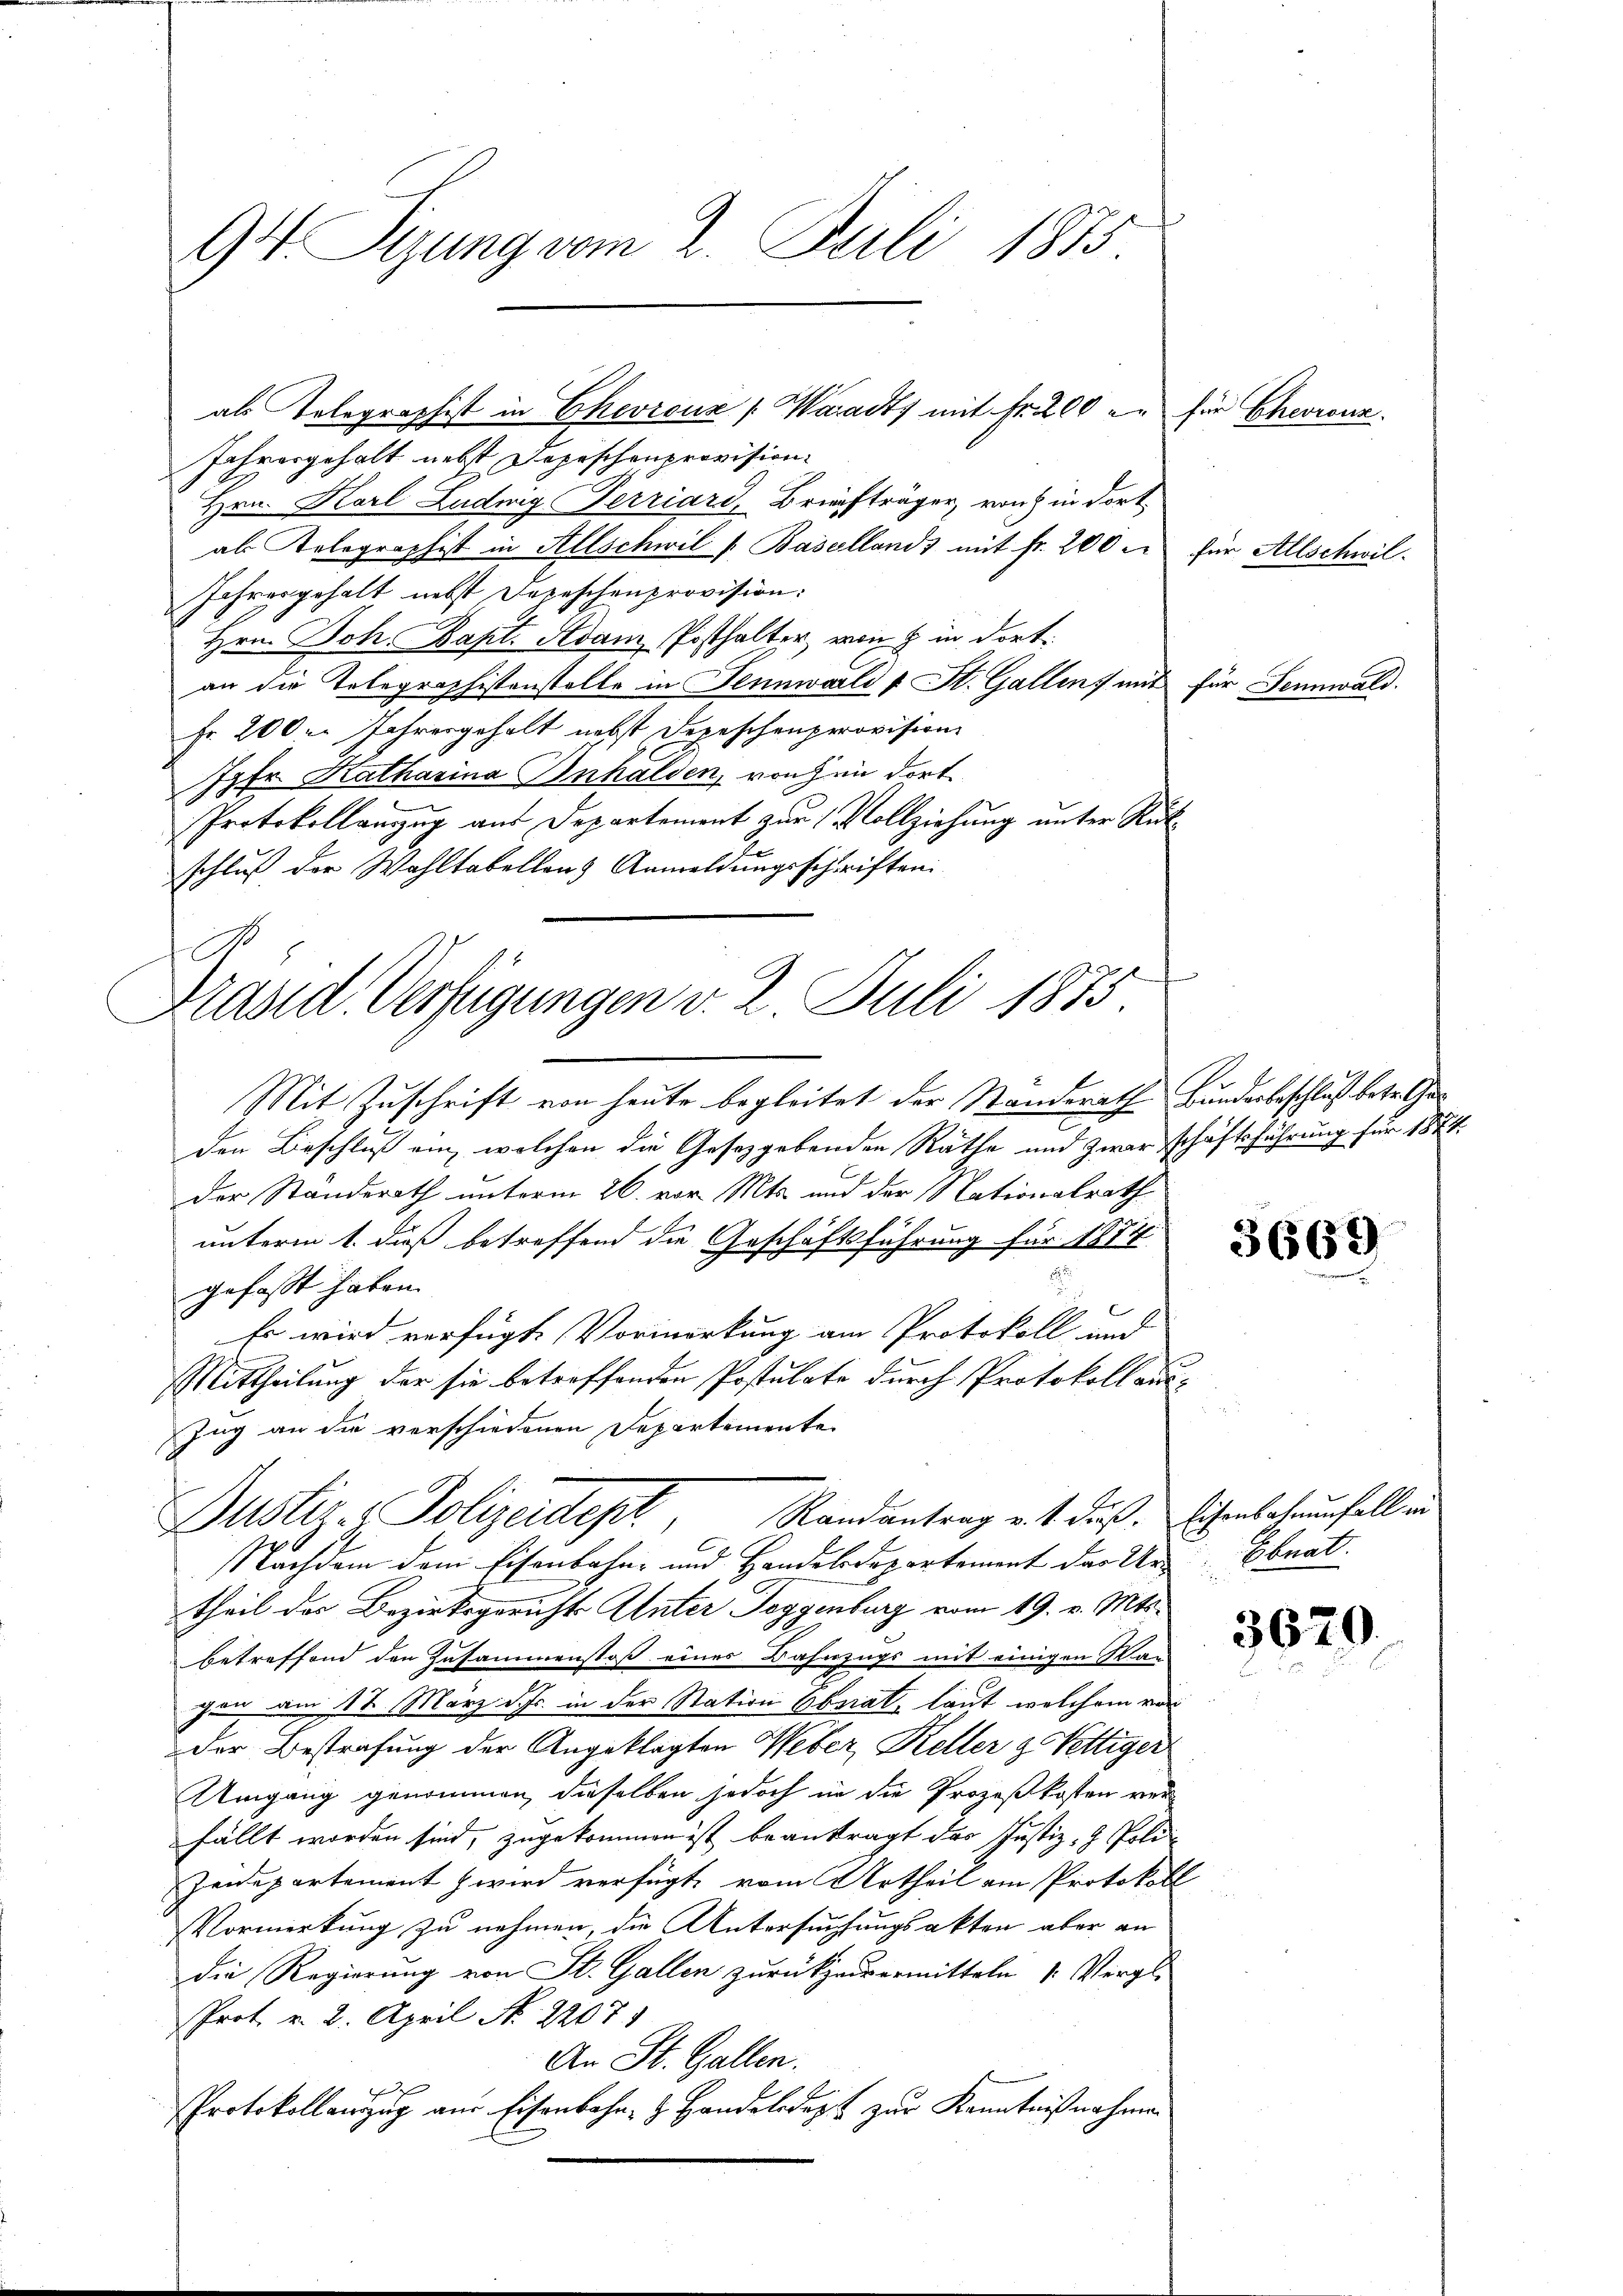
94. Sizung vom 2. Juli 1875.

als Tolegraphist in Chevrouz (Waadt mit Fr. 200 e
Jahresgehalt nebst Depeschenprovision.
Hrn. Karl Ludwig Perriard, Briefträger, von in dort
al Gelegraphist in Allschwil /. Basellands mit Fr. 200
Jahresgehalt nebst Depeschenprovision:
Hrn. Joh. Bapt. Adam Posthalter, von 8 in dort.
an die Tolegraphistonstelle in Jennwarli & St. Gallens mit
fr 200 l. Jahresgeholt nebst Depeschenperovision
Jgfr. Katharina Inhalden, von hin dort.
Protokollanzug aus Departement zur Vollziehung unter Rükschluß der Wahltabellars Anmeldungsschriften.

C
Präsid. Verfügungen v. 2. Juli 1875.

Randantrag v. 1. dieß. Eisenbahnenfall in
Dustiz - Polizeidept

für Chevronn.

Mit Zuschrift von heute begleitet der Standerath Bunderbeschluß betreten
den Beschluß ein, welchen die Gesetzgebenden Rathe und Zwar schäftsführung für 1874.
Der Standerath unterm 26. vor. Mts. und der Nationalrath
unterm 1. dieß betreffend die Geschäftsführung für 1874
gefasst haben.
Es wird verfügte Vormerkung am Protokoll und
Mittheilung der sie betreffenden Postulate durch Protokollaus-
Zug an die verschiedenen Departemente
Nachdem dem Eisenbahn- und Handelsdepartement das Ur-
theil der Bezirksgerichts Unter Toggenburg vom 19. v. Mts.
betreffend den Zusammenstoß eines Bahnzugs mit einigen Wan
gan am 17. März d. Js. in der Station Obsiat, laut welchem vor
der Bestrafung der Angeklagten Weber, Keller z. Vettiger
Umgang genommen, dieselben jedoch in die Prozeßkosten verfällt worden sind, zugekommen ist beantragt das Justiz- & Poli¬
Zeidepartement wird verfügt, vom Urtheil am Protokoll
Vormerkung zu nehmen, die Untersuchungsakten aber an
die Regierung von St. Gallen zurückzuvermitteln 1. Vergl.
Prot. v. 2. April N. 2207.
An St. Gallen.
Protokollauszug aus Eisenbahn, z. Handelsdept zur Kenntniß nahmen

für Allschwil-

für Jennwald.

3667)

Ebnat.

3620.